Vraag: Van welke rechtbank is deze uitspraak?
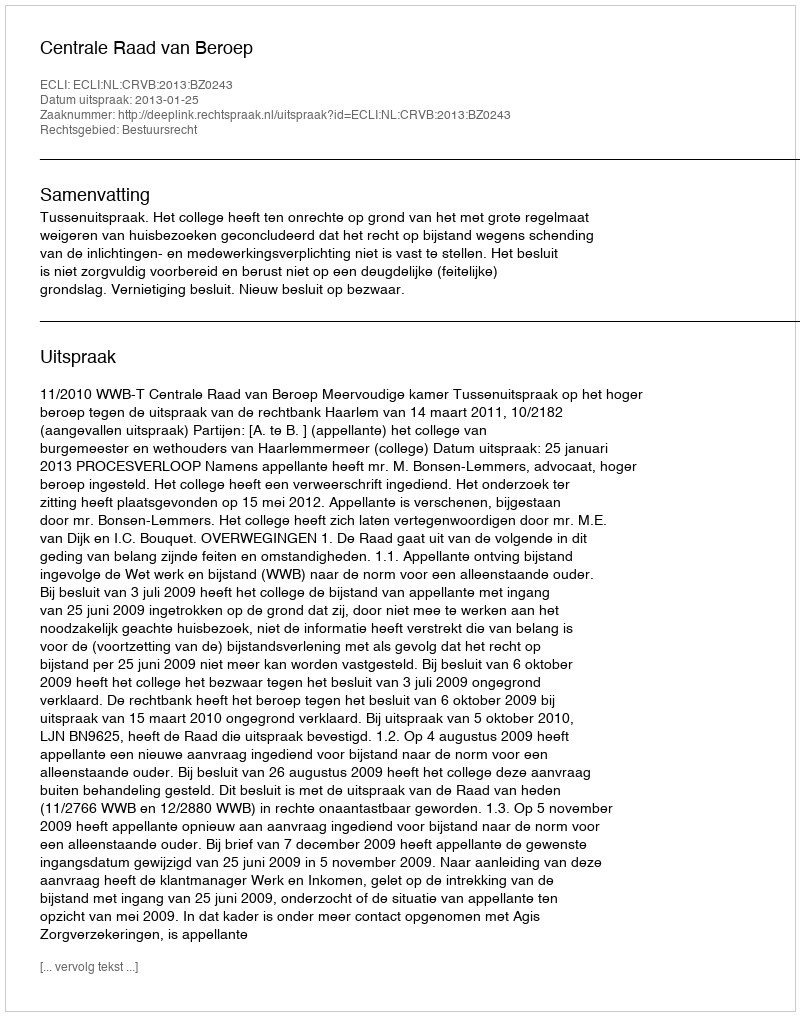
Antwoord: Centrale Raad van Beroep